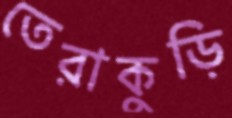
তেরাকুড়ি